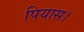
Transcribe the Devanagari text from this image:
पियास।